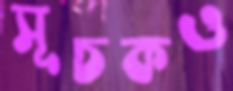
সূচকও